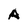
Character: A